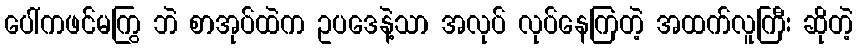
ပေါ်ကဖင်မကြွ ဘဲ စာအုပ်ထဲက ဥပဒေနဲ့သာ အလုပ် လုပ်နေကြတဲ့ အထက်လူကြီး ဆိုတဲ့